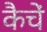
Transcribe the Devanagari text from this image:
कैचें